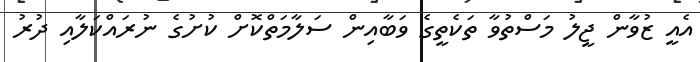
އެއީ ޒުވާން ޖީލު މަސްތުވާ ތަކެތީގެ ވަބާއިން ސަލާމަތްކޮށް ކުށުގެ ނުރައްކަލާއި ދުރު